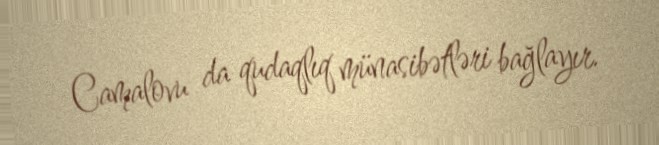
Camalovu da qudaqlıq münasibətləri bağlayır.